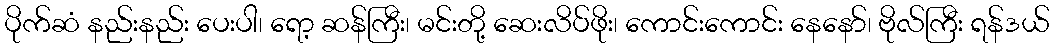
ပိုက်ဆံ နည်းနည်း ပေးပါ၊ ရော့ ဆန်ကြီး၊ မင်းတို့ ဆေးလိပ်ဖိုး၊ ကောင်းကောင်း နေနော်၊ ဗိုလ်ကြီး ရန်ဒယ်